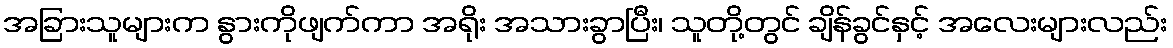
အခြားသူများက နွားကိုဖျက်ကာ အရိုး အသားခွာပြီး၊ သူတို့တွင် ချိန်ခွင်နှင့် အလေးများလည်း